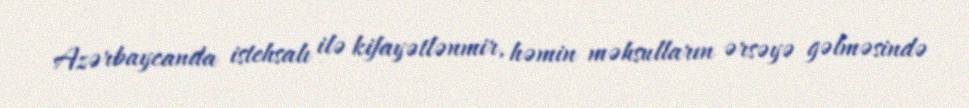
Azərbaycanda istehsalı ilə kifayətlənmir, həmin məhsulların ərsəyə gəlməsində